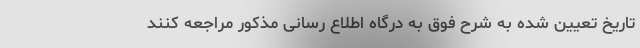
تاریخ تعیین شده به شرح فوق به درگاه اطلاع رسانی مذکور مراجعه کنند